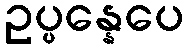
ဥပ္ပန္နေပေ